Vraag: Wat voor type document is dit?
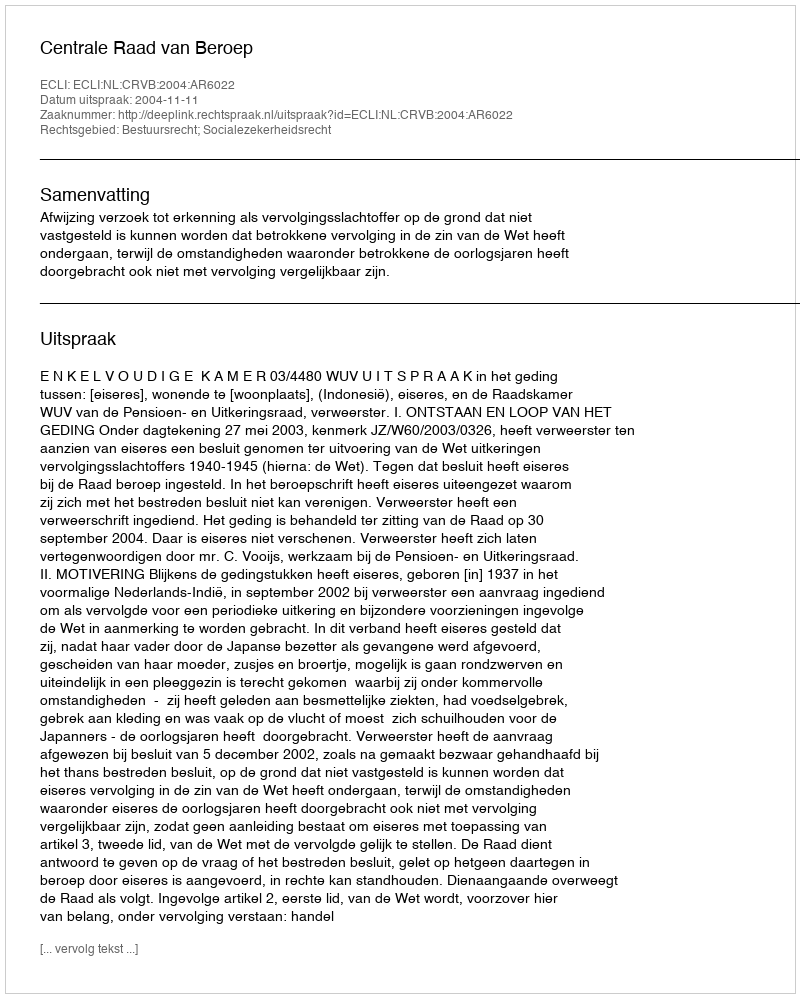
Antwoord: Uitspraak